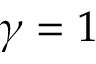
\gamma = 1